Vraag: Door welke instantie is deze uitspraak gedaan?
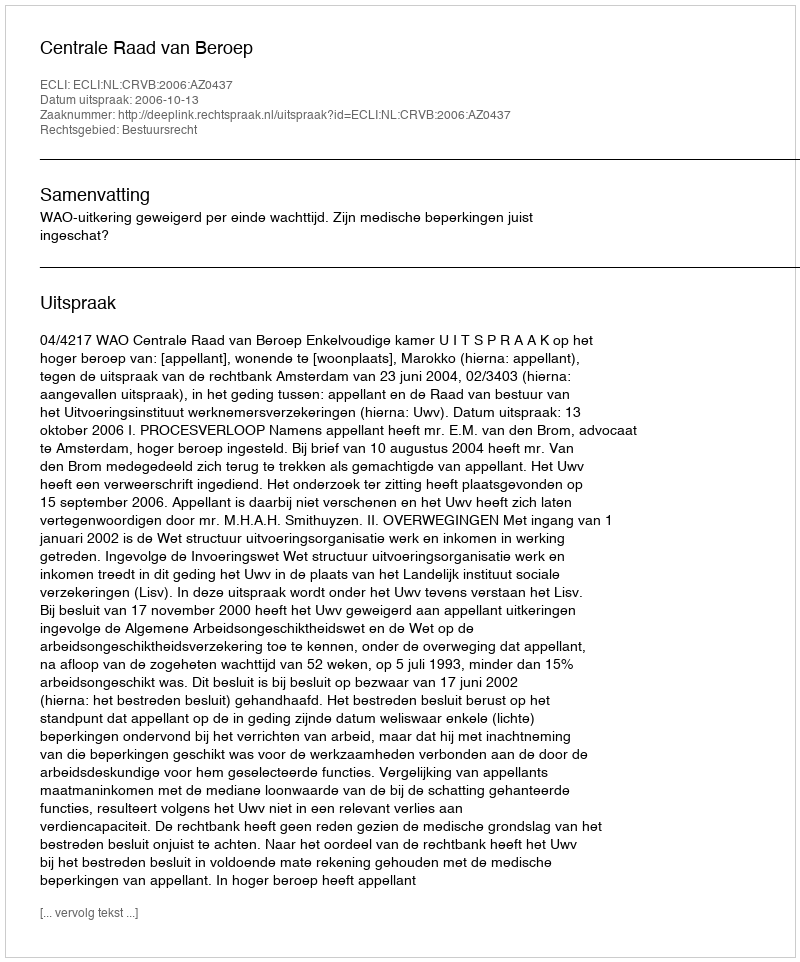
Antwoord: Centrale Raad van Beroep